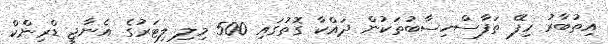
އިތުބާރު ހިފޭ ތަފާސްހިސާބުތަކުން ދައްކާ ގޮތުގައި 500 މިލި ލިޓަރުގެ އެނާޖީ ޑްރިންކް